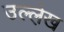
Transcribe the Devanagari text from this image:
उल्ले़ख